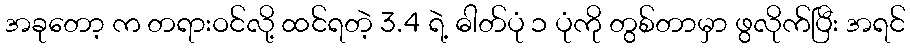
အခုတော့ က တရားဝင်လို့ ထင်ရတဲ့ 3.4 ရဲ့ ဓါတ်ပုံ ၁ ပုံကို တွစ်တာမှာ ဖွလိုက်ပြီး အရင်